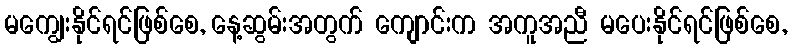
မကျွေးနိုင်ရင်ဖြစ်စေ, နေ့ဆွမ်းအတွက် ကျောင်းက အကူအညီ မပေးနိုင်ရင်ဖြစ်စေ,